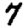
Digit: 7